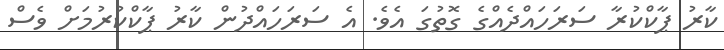
ކާރު ޕާކްކުރާ ސަރަހައްދެއްގެ ގޮތުގަ އެވެ. އެ ސަރަހައްދުން ކާރު ޕާކްކުރުމަށް ވެސް